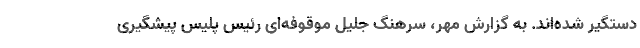
دستگیر شده‌اند. به گزارش مهر، سرهنگ جلیل موقوفه‌ای رئیس پلیس پیشگیری